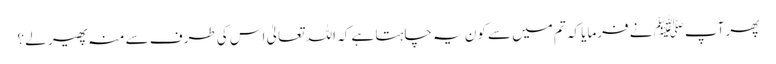
پھر آپﷺ نے فرمایا کہ تم میں سے کون یہ چاہتا ہے کہ اللہ تعالیٰ اس کی طرف سے منہ پھیر لے ؟